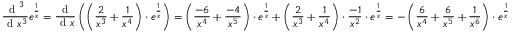
{ \frac { { \textrm { d } } ^ { 3 } } { { \textrm { d } } x ^ { 3 } } } e ^ { \frac { 1 } { x } } = { \frac { \textrm { d } } { { \textrm { d } } x } } \left( \left( { \frac { 2 } { x ^ { 3 } } } + { \frac { 1 } { x ^ { 4 } } } \right) \cdot e ^ { \frac { 1 } { x } } \right) = \left( { \frac { - 6 } { x ^ { 4 } } } + { \frac { - 4 } { x ^ { 5 } } } \right) \cdot e ^ { \frac { 1 } { x } } + \left( { \frac { 2 } { x ^ { 3 } } } + { \frac { 1 } { x ^ { 4 } } } \right) \cdot { \frac { - 1 } { x ^ { 2 } } } \cdot e ^ { \frac { 1 } { x } } = - \left( { \frac { 6 } { x ^ { 4 } } } + { \frac { 6 } { x ^ { 5 } } } + { \frac { 1 } { x ^ { 6 } } } \right) \cdot e ^ { \frac { 1 } { x } }